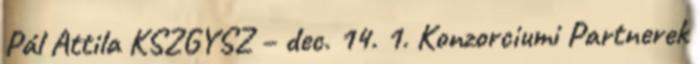
Pál Attila KSZGYSZ – dec. 14. 1. Konzorciumi Partnerek